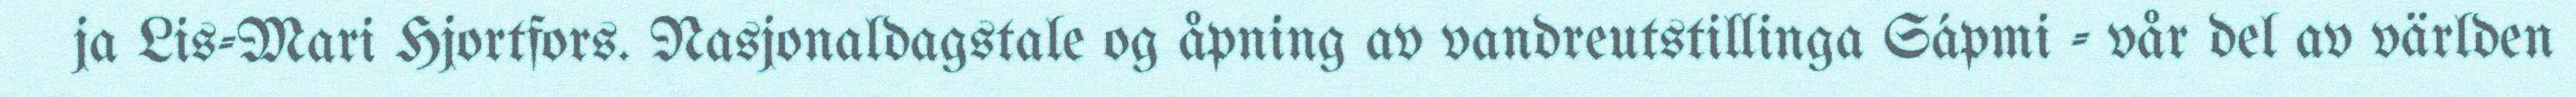
ja Lis-Mari Hjortfors. Nasjonaldagstale og åpning av vandreutstillinga Sápmi - vår del av världen